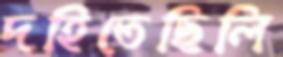
দহিতেছিলি